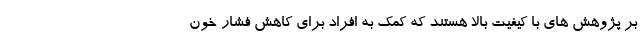
بر پژوهش های با کیفیت بالا هستند که کمک به افراد برای کاهش فشار خون